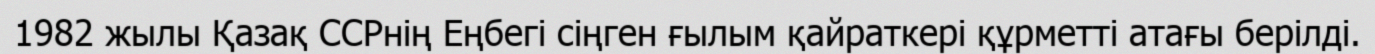
1982 жылы Қазақ ССРнің Еңбегі сіңген ғылым қайраткері құрметті атағы берілді.